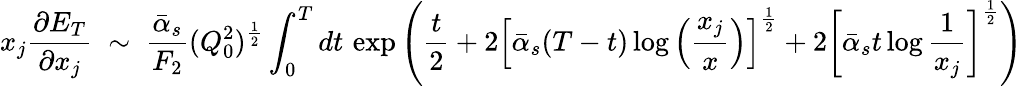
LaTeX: x_{j}\frac{\partial E_{T}}{\partial x_{j}}\; \sim\; \frac{\bar{\alpha}_{s}}{F_{2}}(Q_{0}^{2})^{\frac{1}{2}}\int_{0}^{T}dt\, \exp\left(\frac{t}{2}+2\left[\bar{\alpha}_{s}(T-t)\log\left(\frac{x_{j}}{x}\right)\right]^{\frac{1}{2}}+2\left[\bar{\alpha}_{s}t\log\frac{1}{x_{j}}\right]^{\frac{1}{2}}\right)